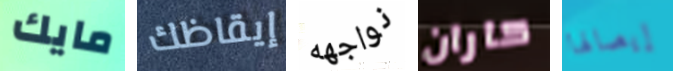
مايك إيقاظك نواجهه كاران إيصالها